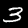
Digit: 3